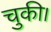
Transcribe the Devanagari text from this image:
चुकी।